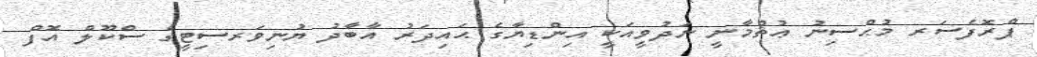
ޕްރޮފެސަރ މުޙްސިނު ޢުޘްމާނީ ނަދުވީއަކީ އިންޑިޔާގެ ޙައިދަރު އާބާދު ޔުނިވަރސިޓީގެ ސްކޫލް އޮފް